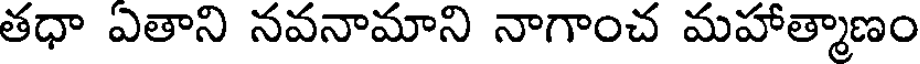
తధా ఏతాని నవనామాని నాగాంచ మహాత్మాణం